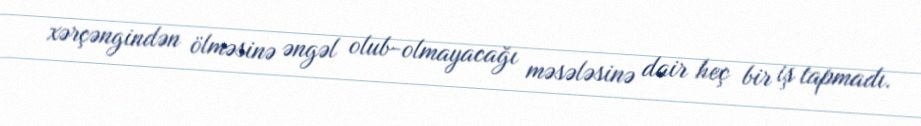
xərçəngindən ölməsinə əngəl olub-olmayacağı məsələsinə dair heç bir iş tapmadı.